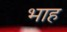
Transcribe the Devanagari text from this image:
भाह